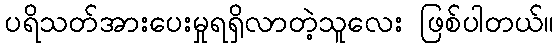
ပရိသတ်အားပေးမှုရရှိလာတဲ့သူလေး ဖြစ်ပါတယ်။